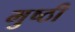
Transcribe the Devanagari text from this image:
मुष्ठी